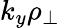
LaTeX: k_{y}\rho_{\perp}